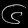
Digit: ၆